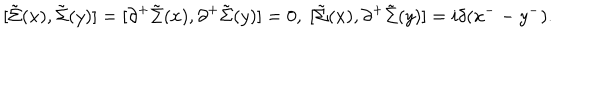
LaTeX: [ \tilde { \Sigma } ( x ) , \tilde { \Sigma } ( y ) ] = [ { \partial } ^ { + } \tilde { \Sigma } ( x ) , { \partial } ^ { + } \tilde { \Sigma } ( y ) ] = 0 , \; [ \tilde { \Sigma } ( x ) , { \partial } ^ { + } \tilde { \Sigma } ( y ) ] = i { \delta } ( x ^ { -- } y ^ { - } ) .